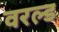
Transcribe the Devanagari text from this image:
वरल्ड